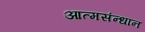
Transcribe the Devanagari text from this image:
आत्मसंन्धान